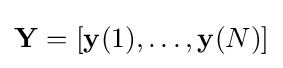
{\bf {Y}}=[{\bf {y}}(1),\ldots ,{\bf {y}}(N)]